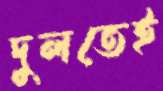
দুলতেই